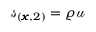
\mathscr { s } _ { ( \pmb { x } , 2 ) } = \varrho \mathscr { u }